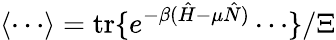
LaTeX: \langle\cdots\rangle=\mathrm{tr}\{ e^{-\beta(\hat{H}-\mu\hat{N})}\cdots\} /\Xi